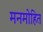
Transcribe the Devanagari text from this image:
मनमोहित